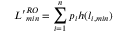
{ L ^ { \prime } } _ { m i n } ^ { R O } = \sum _ { i = 1 } ^ { n } p _ { i } h ( l _ { i , m i n } )